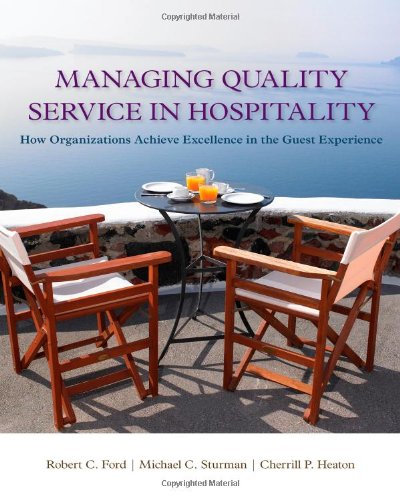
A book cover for Managing Quality Service In Hospitality: How Organizations Achieve Excellence In The Guest Experience (Hospitality Management); Robert C. Ford; Business & Money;